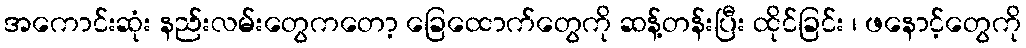
အကောင်းဆုံး နည်းလမ်းတွေကတော့ ခြေထောက်တွေကို ဆန့်တန်းပြီး ထိုင်ခြင်း ၊ ဖနောင့်တွေကို